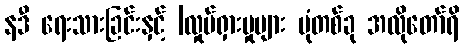
နဒီ ရေးသားခြင်းနှင့် |လှုပ်ရှားမှုများ ပုံတစ်ခု အလိုတော်ရိ